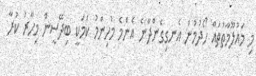
މި މައުލޫމާތުތައް ހޯދުމުން އެނގިގެންދާނެ އެންމެ މުހިންމު ކަމަކީ ބިދޭސީން މިހާރު ކުރާ